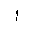
Letter: _alif